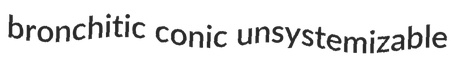
bronchitic conic unsystemizable